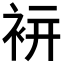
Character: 𧙒